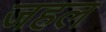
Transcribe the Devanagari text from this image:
जहल